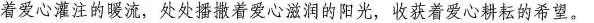
着爱心灌注的暖流，处处播撒着爱心滋润的阳光，收获着爱心耕耘的希望。